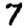
Digit: 7